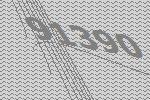
91390